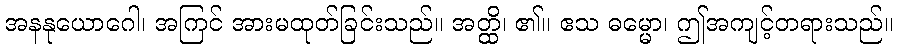
အနနုယောဂေါ၊ အကြင် အားမထုတ်ခြင်းသည်။ အတ္ထိ၊ ၏။ ဧသ ဓမ္မော၊ ဤအကျင့်တရားသည်။